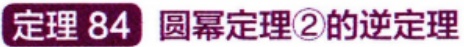
定理 84 圆幂定理\textcircled{2}的逆定理